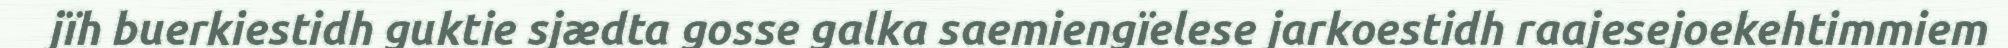
jïh buerkiestidh guktie sjædta gosse galka saemiengïelese jarkoestidh raajesejoekehtimmiem